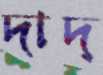
দাদ্